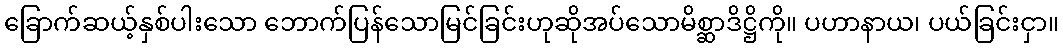
ခြောက်ဆယ့်နှစ်ပါးသော ဘောက်ပြန်သောမြင်ခြင်းဟုဆိုအပ်သောမိစ္ဆာဒိဋ္ဌိကို။ ပဟာနာယ၊ ပယ်ခြင်းငှာ။